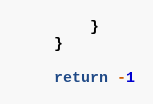
Language: Go
		}
	}

	return -1